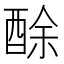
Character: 酴